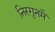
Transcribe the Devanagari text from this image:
निरगुनमैं